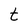
Character: t